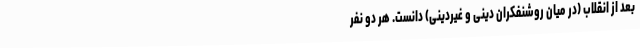
بعد از انقلاب (در میان روشنفکران دینی و غیردینی) دانست. هر دو نفر